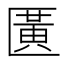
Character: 𫧖